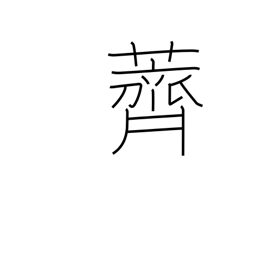
Meaning: water-chestnuts